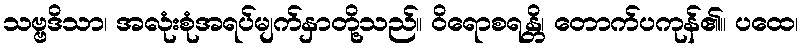
သဗ္ဗဒိသာ၊ အလုံးစုံအရပ်မျက်နှာတို့သည်။ ဝိရောစရန္တိ၊ တောက်ပကုန်၏။ ပထေ၊